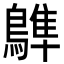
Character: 𪄩